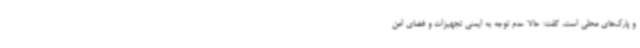
و پارک‌های محلی است، گفت: حالا عدم توجه به ایمنی تجهیزات و فضای امن